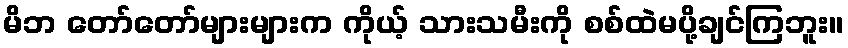
မိဘ တော်တော်များများက ကိုယ့် သားသမီးကို စစ်ထဲမပို့ချင်ကြဘူး။